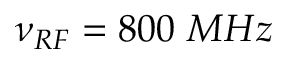
\nu _ { R F } = 8 0 0 ~ M H z